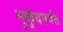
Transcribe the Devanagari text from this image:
मुकुंदपर्वत